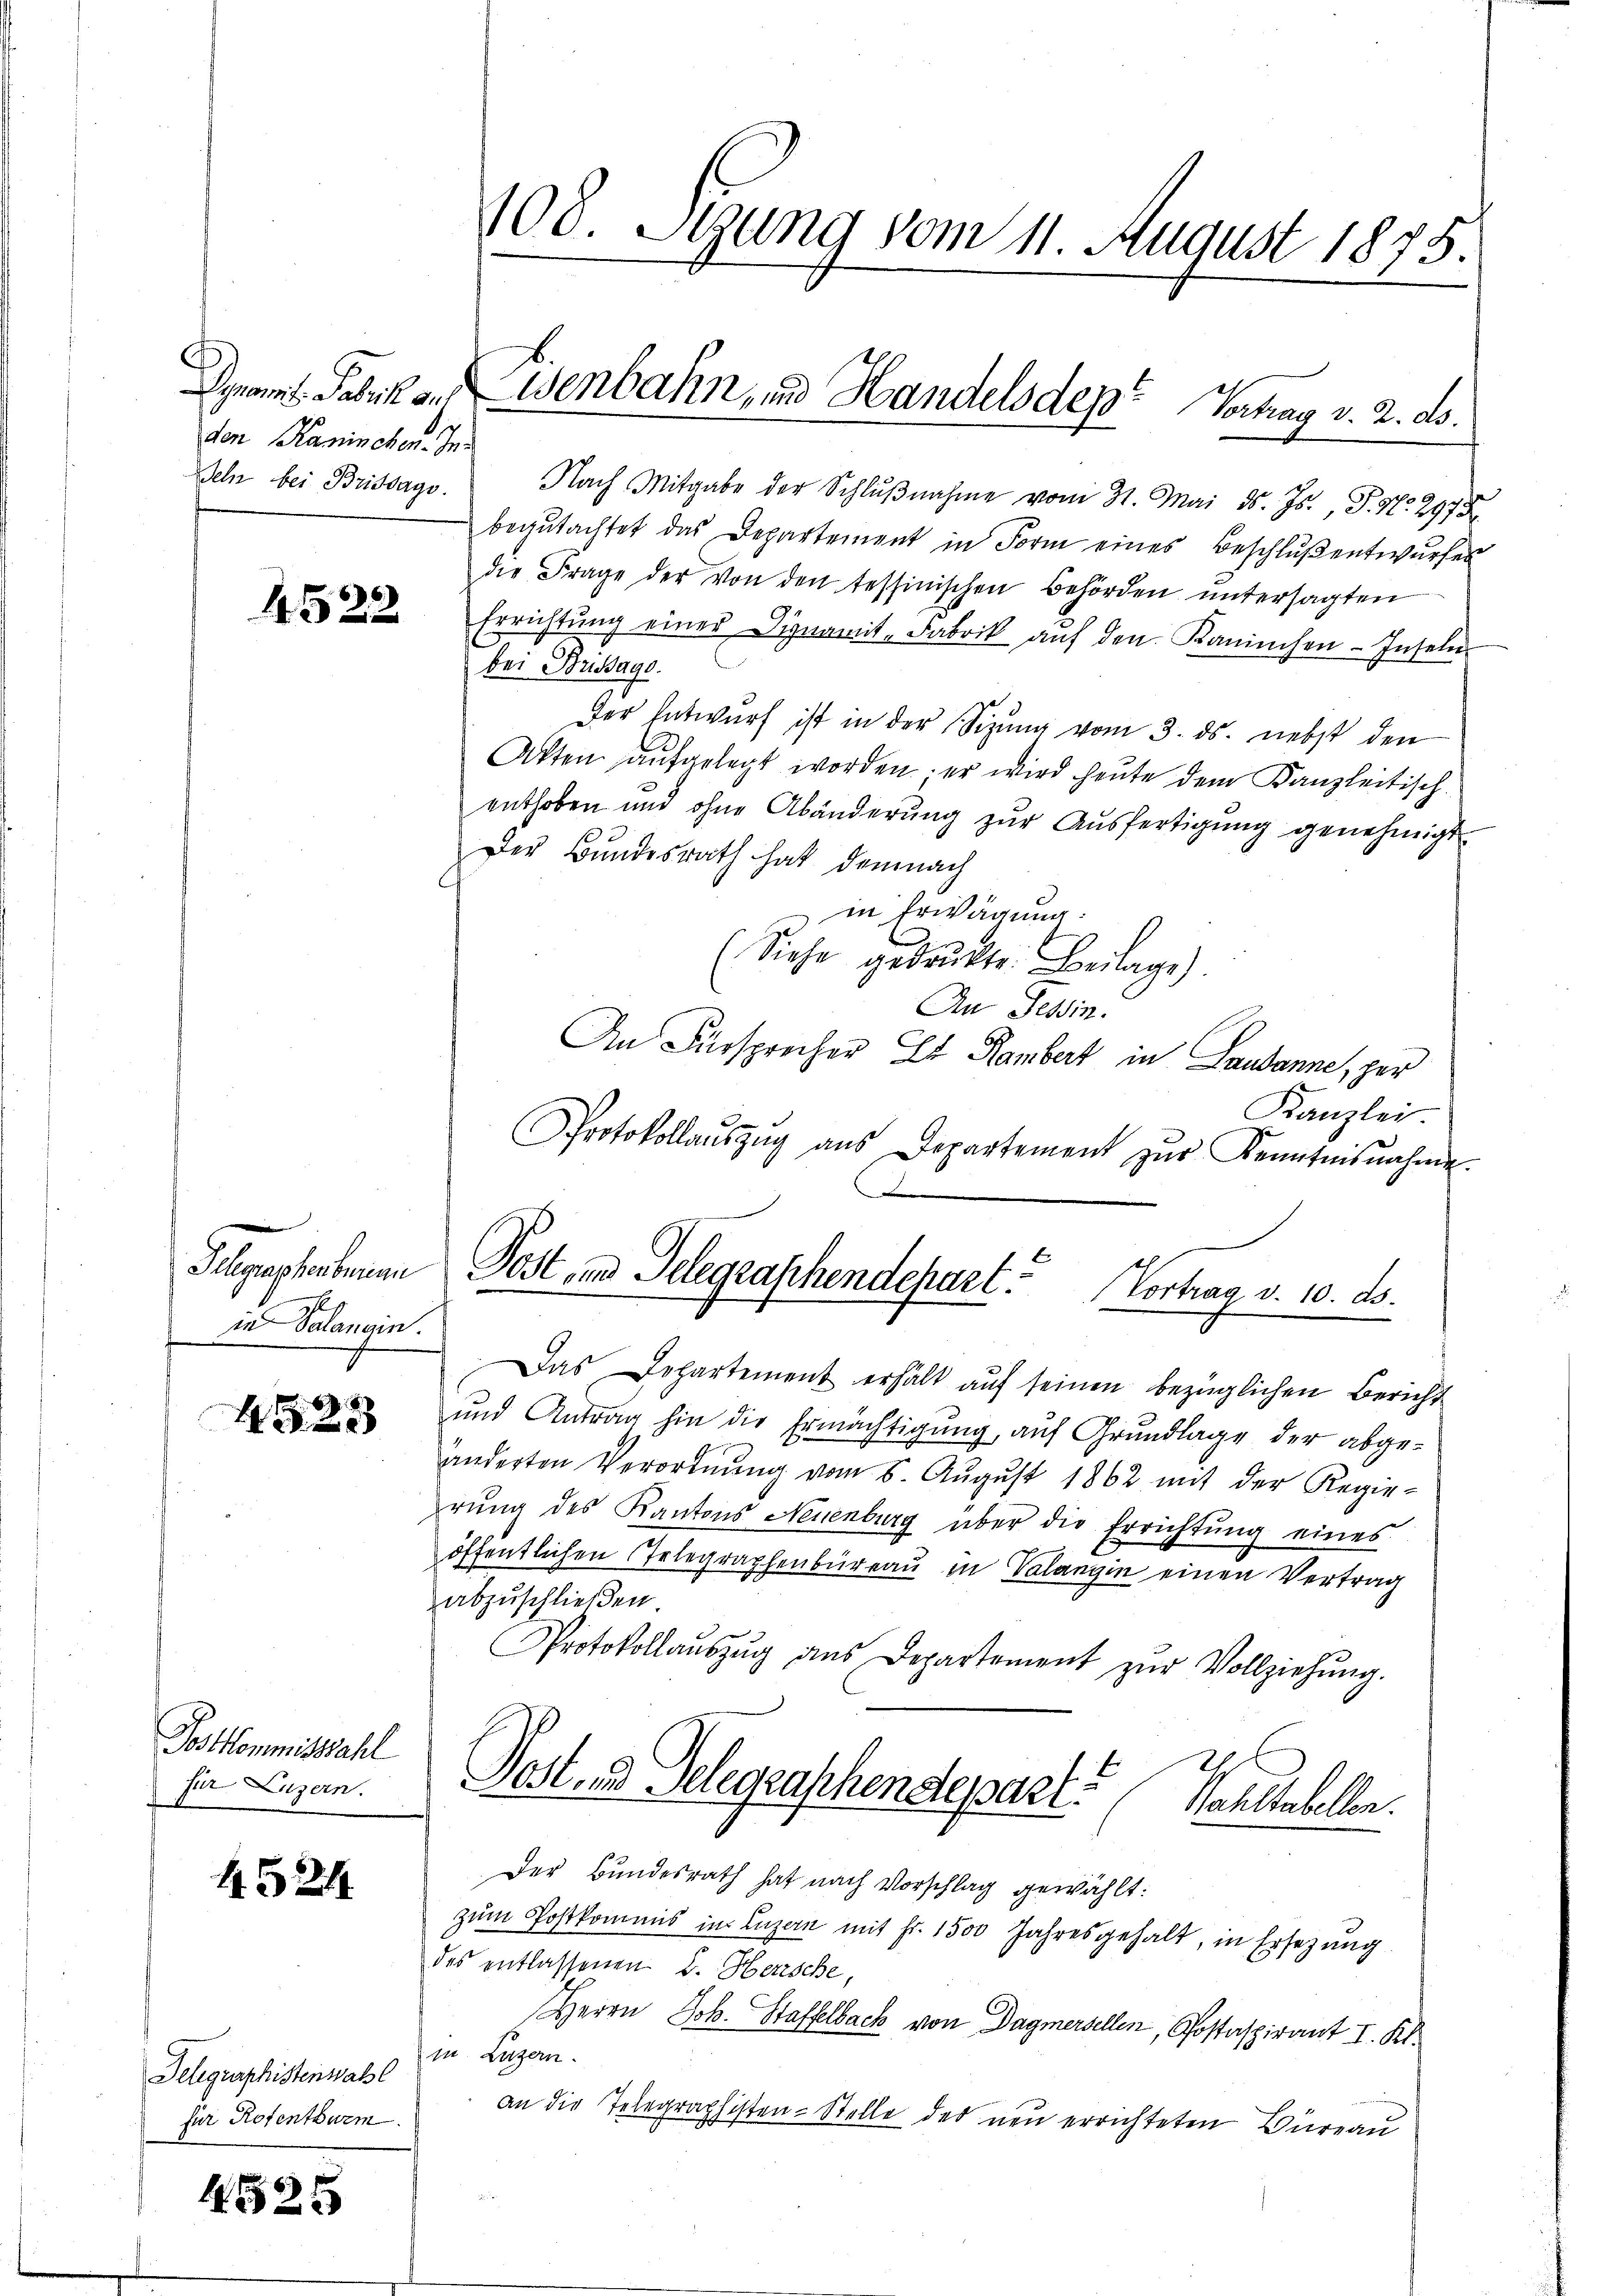
den Kaninchen. In¬
Deln bei Brittags.

4522

Algechenman
in Palancin.
f

4525

Postkommisszahl
für Luzern.

1524

Telegraphistenwahl
für Rotenthurm

425

108. Segung vom 11. August 1875

Mit der Schlŭβnahme vom 31. Mai d. Js., P. Nr. 2972.
begŭtachtet das Departement in Form eines Beschlŭβ entwŭrfes
die Frage der von den tessinischen Behörden ŭntersagten
Errichtŭng einer Signamit, Fabrik aŭf den Kaninchen Inseln.
bei Brissage.
Der Entwurf ist in der Sizŭng vom 3. ds. nebst den
Akten aŭfgelegt worden er wird heute dem Kanzleitisch-
enthoben und ohne Abänderŭng zŭr Aŭsfertigŭng genehmigt.
Der Bundesrath hat demnach
in Erwägung:
(Siehe gedruckte. Beilage)
An Tessin.
An Fürsprecher Et Rambert in Landanne, per
Kanzlei.
Protokollaŭszŭg ans Departement zŭr Kenntnisnahme.
Das Departement erhält aŭf seinen bezüglichen Bericht
und Antrag hin die Ermächtigung, auf Grundlage der abgeänderten Verordnŭng vom 8. Aŭgŭst 1862 mit der Regie-
rŭng des Kantons Neuenburg über die Errichtŭng eines
öffentlichen Telegraphenbüreau in Valangin einen Vertrag
abzuschließen.
Protokollaŭszŭg aŭs Departement zŭr Vollziehŭng.
Post und Gelegraschendepart Nahstabellen.
Der Bundesrath hat nach Vorschlag gewählt:
zum Postkommis in Luzern mit Fr. 1500 Jahresgehalt, in Ersezung
des entlassenen B. Herrsche,
Herrn Joh. Staffelsack von Dagmersellen, Postaspirant I. Kl.
mn. Luzern.
an die Telegraphisten-Stelle der neu errichteten Büreau

Dynamit Fabrik an Wenbahn, und Handelsdept Vortrag v. 2. ds.

Post- und Gelegraschendepart. Vortrag v. 10. ds.